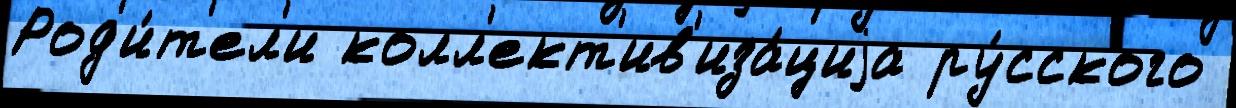
Род'и́т'ел'и колл'ект'ив'иза́циjа ру́сского